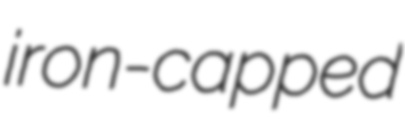
iron-capped